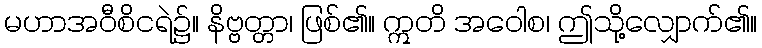
မဟာအဝီစိငရဲ၌။ နိဗ္ဗတ္တာ၊ ဖြစ်၏။ ဣတိ အဝေါစ၊ ဤသို့လျှောက်၏။